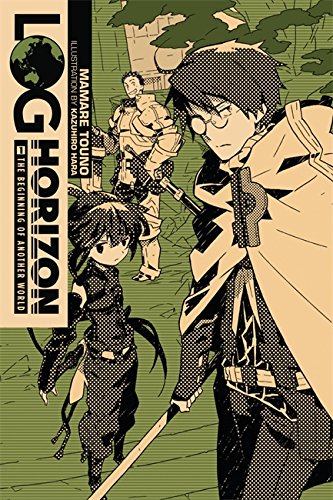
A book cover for Log Horizon, Vol. 1: The Beginning of Another World; Mamare Touno; Comics & Graphic Novels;